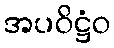
အပဝိဋ္ဌံဝ